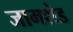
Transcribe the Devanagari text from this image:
जामशेड